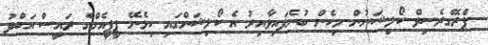
ޕްރޮގްރެސިވް ކޯލިޝަނުން މިހެން ބުނެފައިވާއިރު އެ ކޯލިޝަންގައި ހިމެނޭ ޕީޕީއެމްގެ ރައީސް އަބްދު